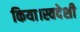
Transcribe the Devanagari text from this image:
किया।स्वदेशी